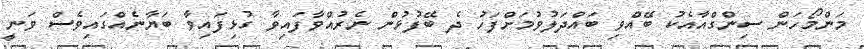
މަންމޯހަން ސިންގްއާއެކު ބޭއްވި ބައްދަލުވުމަށްފަހު ދެ ބޭފުޅުން ނެރުއްވާފައިވާ ގުޅިފައިވާ ބަޔާނެއްގައިވެސް ވަނީ